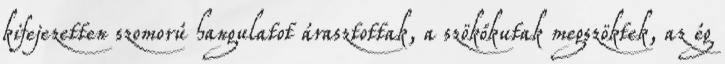
kifejezetten szomorú hangulatot árasztottak, a szökőkutak megszöktek, az ég